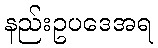
နည်းဥပဒေအရ